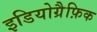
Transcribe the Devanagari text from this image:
इडियोग्रैफ़िक